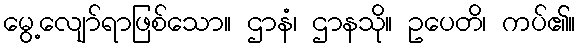
မွေ့လျော်ရာဖြစ်သော။ ဌာနံ၊ ဌာနသို။ ဥပေတိ၊ ကပ်၏။